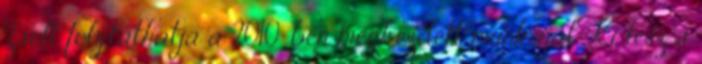
Zsolt folytathatja a 2010-ben megkezdett munkáját. Ki lesz a